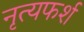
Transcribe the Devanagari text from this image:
नृत्यफर्श